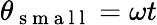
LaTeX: \theta_{\mathrm{~s~m~a~l~l~}}=\omega t